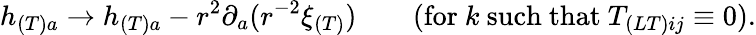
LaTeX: h_{(T)a}\to h_{(T)a}-r^{2}\partial_{a}(r^{-2}\xi_{(T)})\qquad(\mathrm{for}\ k\ \mathrm{such~that}\ T_{(LT)ij}\equiv 0).